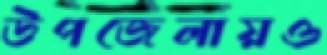
উপজেলায়ও